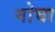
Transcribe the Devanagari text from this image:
मोघा